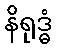
နိရုဒ္ဓံ